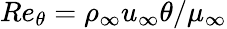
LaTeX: Re_{\theta}=\rho_{\infty}u_{\infty}\theta/\mu_{\infty}